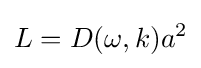
L=D(\omega ,k)a^{2}